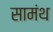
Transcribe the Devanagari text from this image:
सामंथ